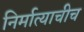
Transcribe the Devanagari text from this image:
निर्मात्याचीच